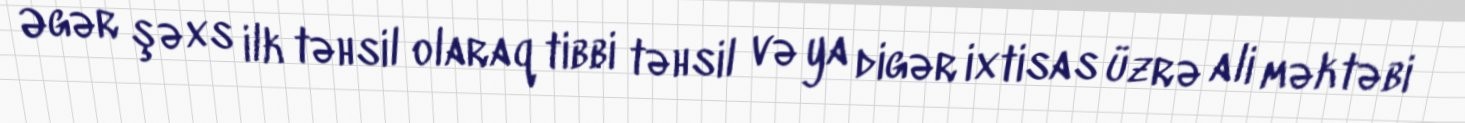
Əgər şəxs ilk təhsil olaraq tibbi təhsil və ya digər ixtisas üzrə ali məktəbi